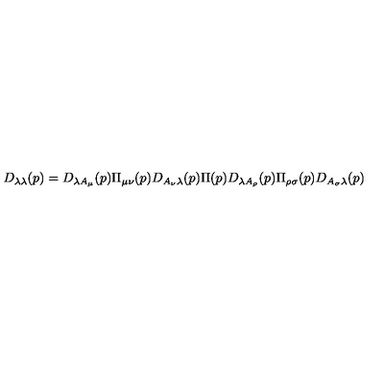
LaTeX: D _ { \lambda \lambda } ( p ) = D _ { \lambda A _ { \mu } } ( p ) \Pi _ { \mu \nu } ( p ) D _ { A _ { \nu } \lambda } ( p ) \Pi ( p ) D _ { \lambda A _ { \rho } } ( p ) \Pi _ { \rho \sigma } ( p ) D _ { A _ { \sigma } \lambda } ( p )